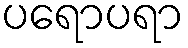
ပရောပရာ